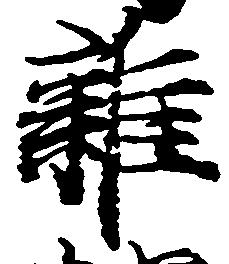
雑